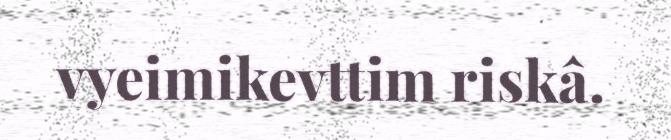
vyeimikevttim riskâ.